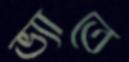
ভ্যাতে